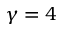
\gamma = 4